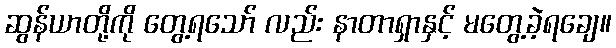
ဆွန်ယာတို့ကို တွေ့ရသော် လည်း နာတာရှာနှင့် မတွေ့ခဲ့ရချေ။